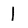
Character: l